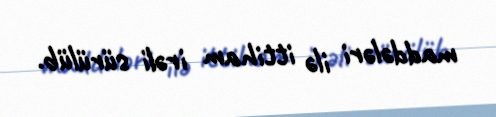
maddələri ilə ittiham irəli sürülüb.